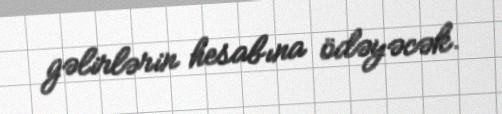
gəlirlərin hesabına ödəyəcək.